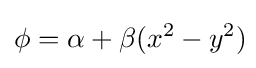
\phi =\alpha +\beta (x^{2}-y^{2})\!